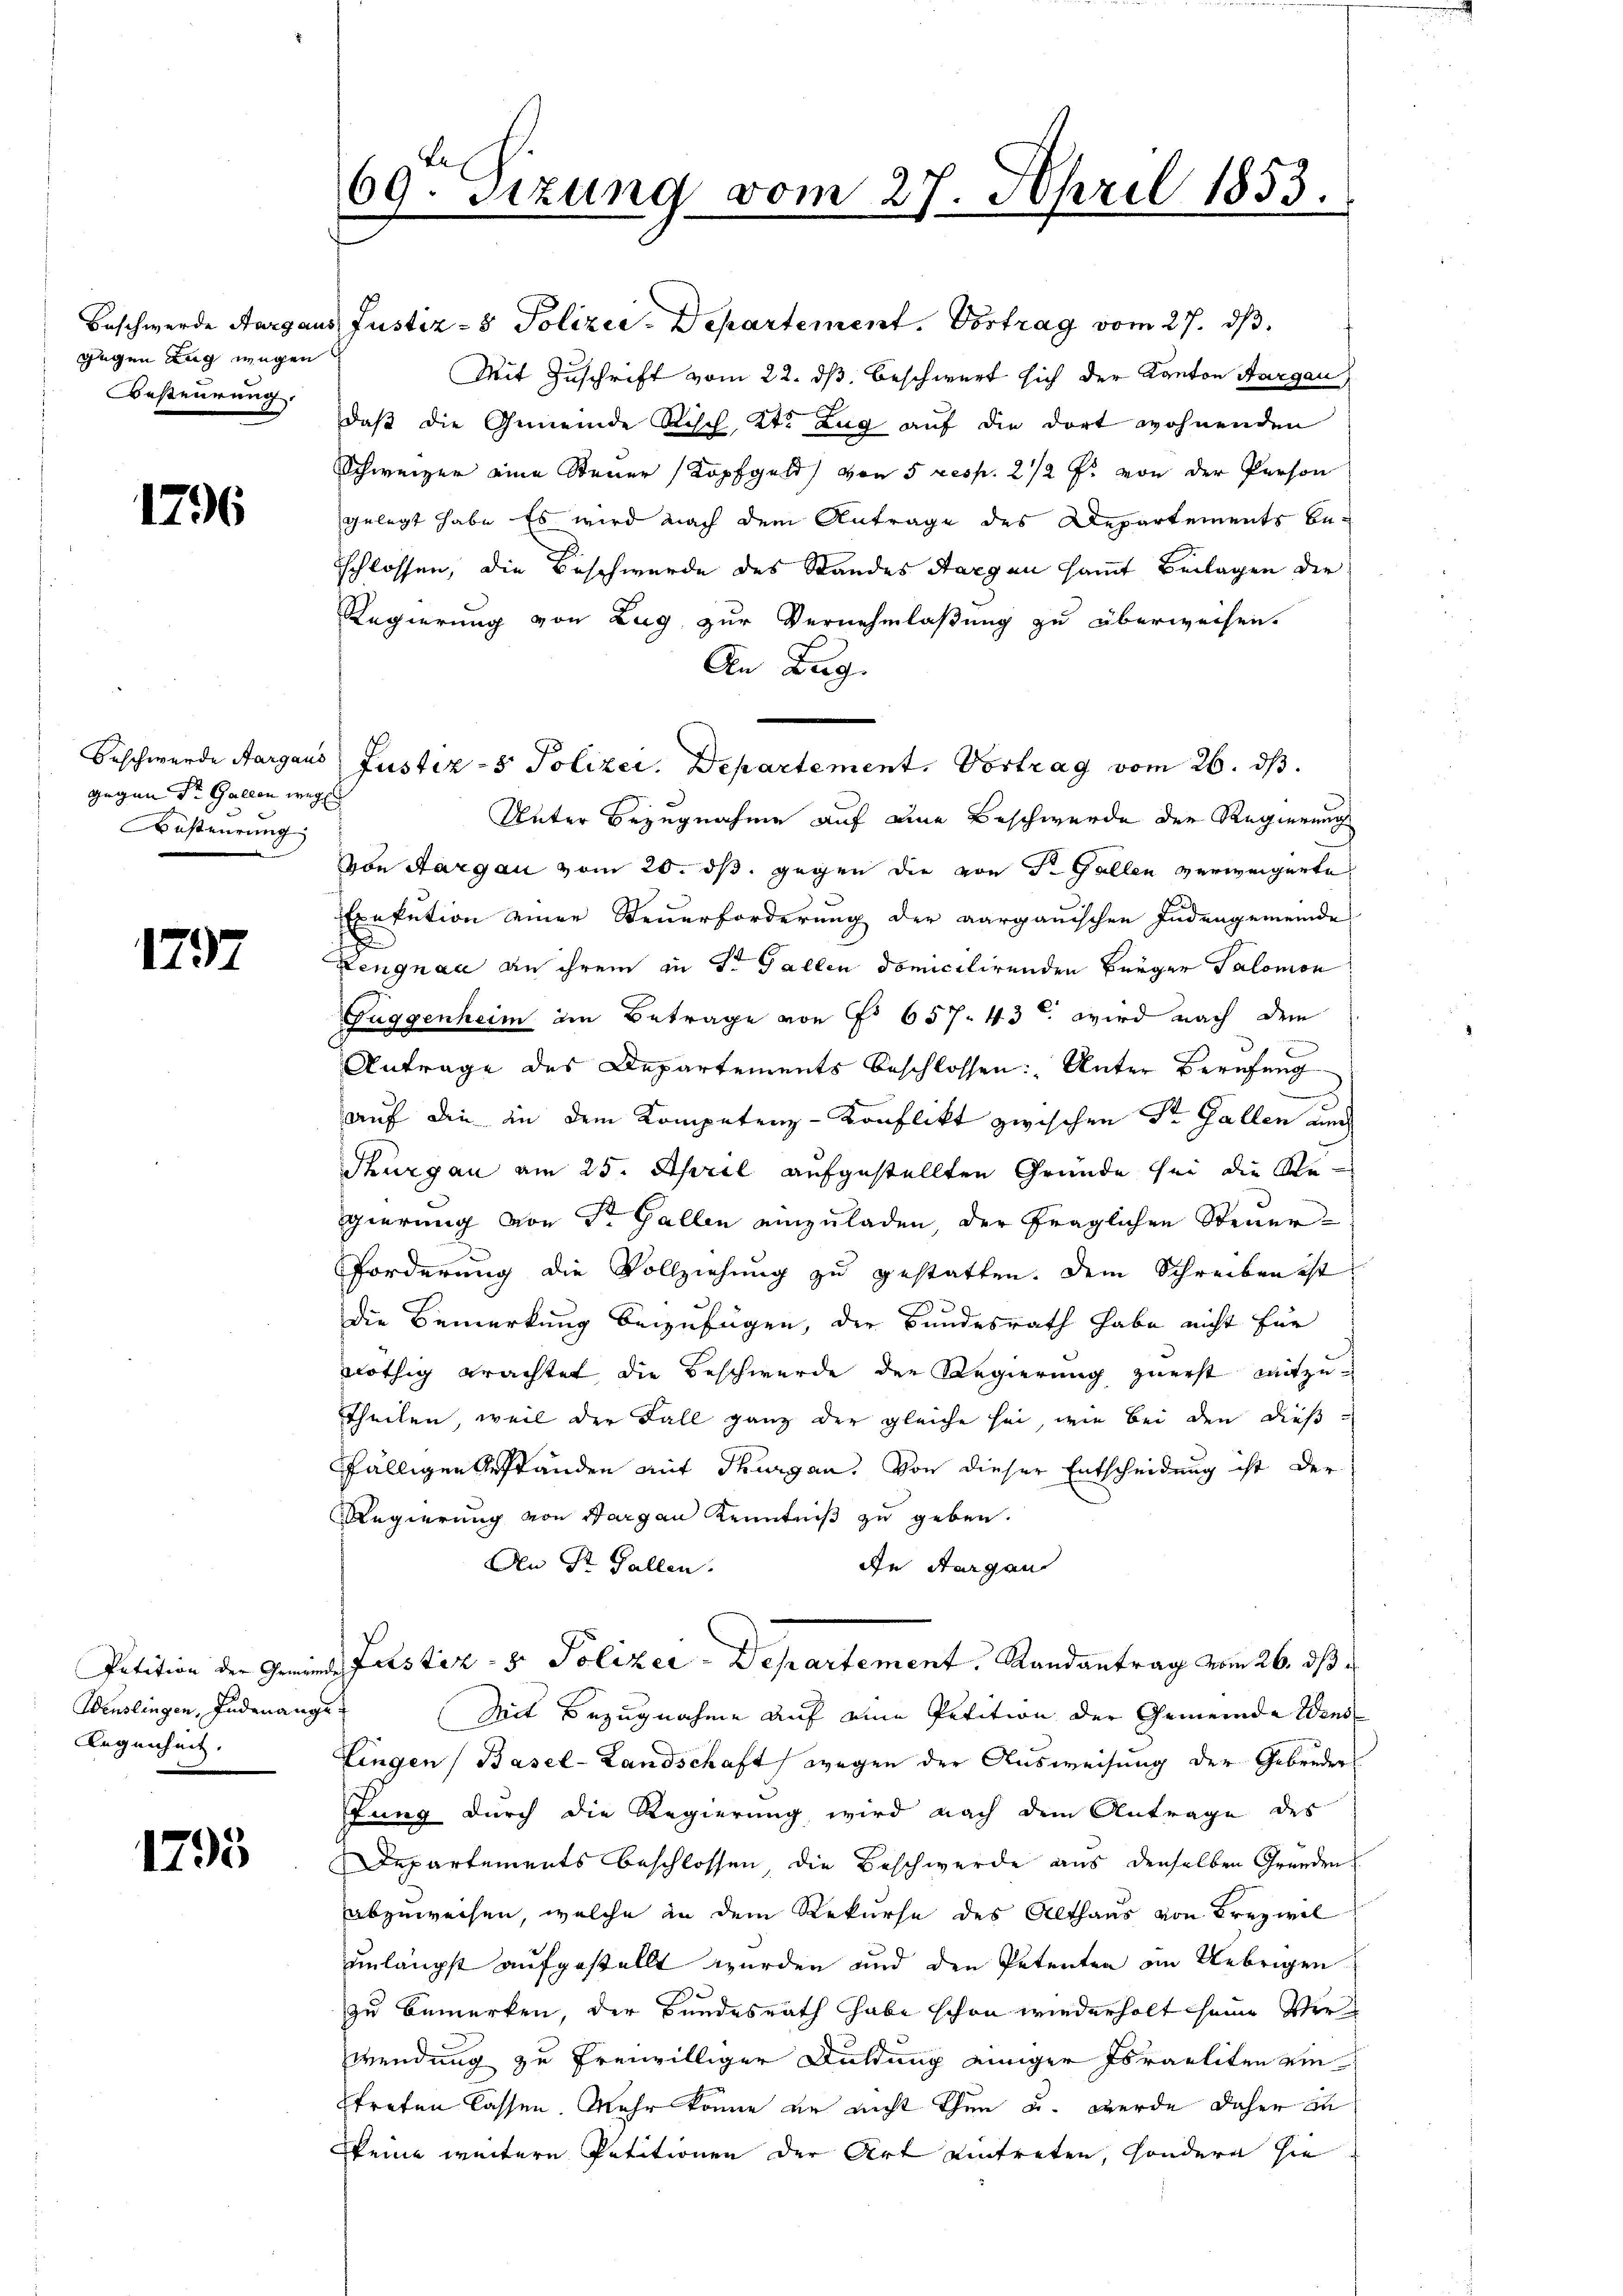
gegen Zug wegen
BBesteurung.

1296

gegen Sr. Gallen wegen
Besteurung

1797

Wenslingen, Endenange
Legenheit.

1795

69. Sitzung vom 27. April 1853.

Beschwerde Aargaus Justiz- & Polizei-Departement. Vortrag vom 27. ds.
Mit Zuschrift vom 22. ds. beschwert sich der Kanton Aargau
daß die Gemeinde Risch, Kt. Zug auf die dort wohnenden
Schweizer eine Steuer Kopfgeld von 5 resp. 2 1/2 Fr. von der Person
gelegt habe. Es wird nach dem Antrage des Departements beschlossen, die Beschwerde des Standes Sargau sammt Beilagen der
Regierung von Zug zur Vernehmlassung zu überweisen.
An Bug.
Unter Bezugnahme auf eine Beschwerde der Regierung
von Aargau vom 20. ds. gegen die von St. Gallen verweigerte
Exekution einer Steuerforderung der aargauischen Indengemeinde
1
Lengnau an ihrem in St. Gallen domicilirenden Bürger Salomon
Fuggenheim im Betrage von No 657. 43 u. wird nach dem
Antrage des Departements beschlossen: „Unter Berufung
2
auf die in dem Kompetenz-Konflikt zwischen Str. Gallen auch
Thurgau am 25. April aufgestellten Gründe sei die Regierung von Dr. Gallen einzuladen, der fraglichen Steuer¬
Forderung die Vollziehung zu gestatten. Dem Schreiben ist
die Bemerkung beizufügen, der Bundesrath habe nicht für
nöthig erachtet, die Beschwerde der Regierung zuerst mitzutheilen, weil der Fall ganz der gleiche sei, wie bei den dießfälligen Geständen mit Thurgau, von dieser Entscheidung ist der
Regierung von Sargau Kenntniß zu geben.
An St. Gallen.
An Horgen
Petition der Gemeinde Justiz- & Polizei-Departement, Randantrag vom 26. ds
Mit Bezugnahme auf eine Petition der Gemeinde Wens
Fingen (Basel-Landschaft wegen der Ausweisung der Gebrüder
stung durch die Regierung wird nach dem Antrage des
Departements beschlossen, die Beschwerde aus denselben Gründen
abzuweisen, welche in dem Rekurse des Althaus von Kreywil
unlängst aufgestellt wurden und den Petenten im Uebrigen
zu bemerken, der Bundesrath habe schon wiederholt seine Verwendung zu freiwilliger Duldung einiger Israeliten ein
Etreten lassen. Mehr könne er nicht thun u. werde daher in
keine weitere Petitionen der Art eintreten, sondern sie

Beschwerde Aargaus Justiz- & Polizei. Departement. Vortrag vom 26. ds.